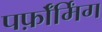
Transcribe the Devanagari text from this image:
पर्फ़ॉर्मिंग